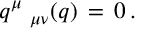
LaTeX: q ^ { \mu } { { \bf \Pi } _ { \mu \nu } } ( q ) \, = \, 0 \, .